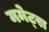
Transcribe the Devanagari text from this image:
ममेट्स